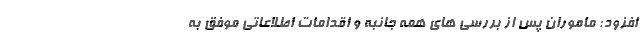
افزود: ماموران پس از بررسی های همه جانبه و اقدامات اطلاعاتی موفق به